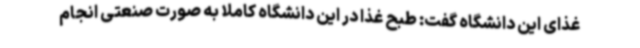
غذای این دانشگاه گفت: طبح غذا در این دانشگاه کاملا به صورت صنعتی انجام